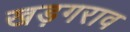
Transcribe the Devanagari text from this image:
खड़गराव